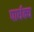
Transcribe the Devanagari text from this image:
पार्धक्य